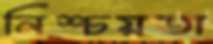
নিশ্চয়তা